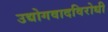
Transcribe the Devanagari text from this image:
उद्योगवादविरोधी